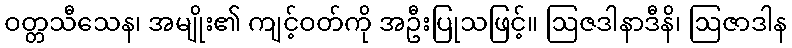
ဝတ္တသီသေန၊ အမျိုး၏ ကျင့်ဝတ်ကို အဦးပြုသဖြင့်။ ဩဇဒါနာဒီနိ၊ ဩဇာဒါန